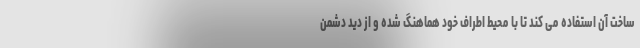
ساخت آن استفاده می کند تا با محیط اطراف خود هماهنگ شده و از دید دشمن